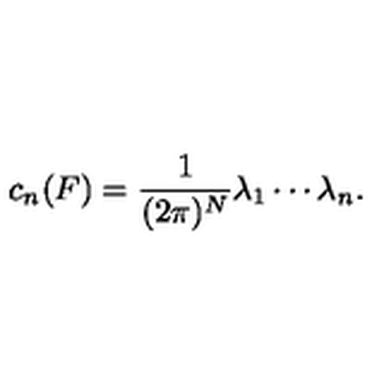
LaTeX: c _ { n } ( F ) = \frac { 1 } { ( 2 \pi ) ^ { N } } \lambda _ { 1 } \cdots \lambda _ { n } .